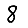
Digit: 8